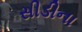
સીડીના